Opetatud_Eesti_Selts, lk 8
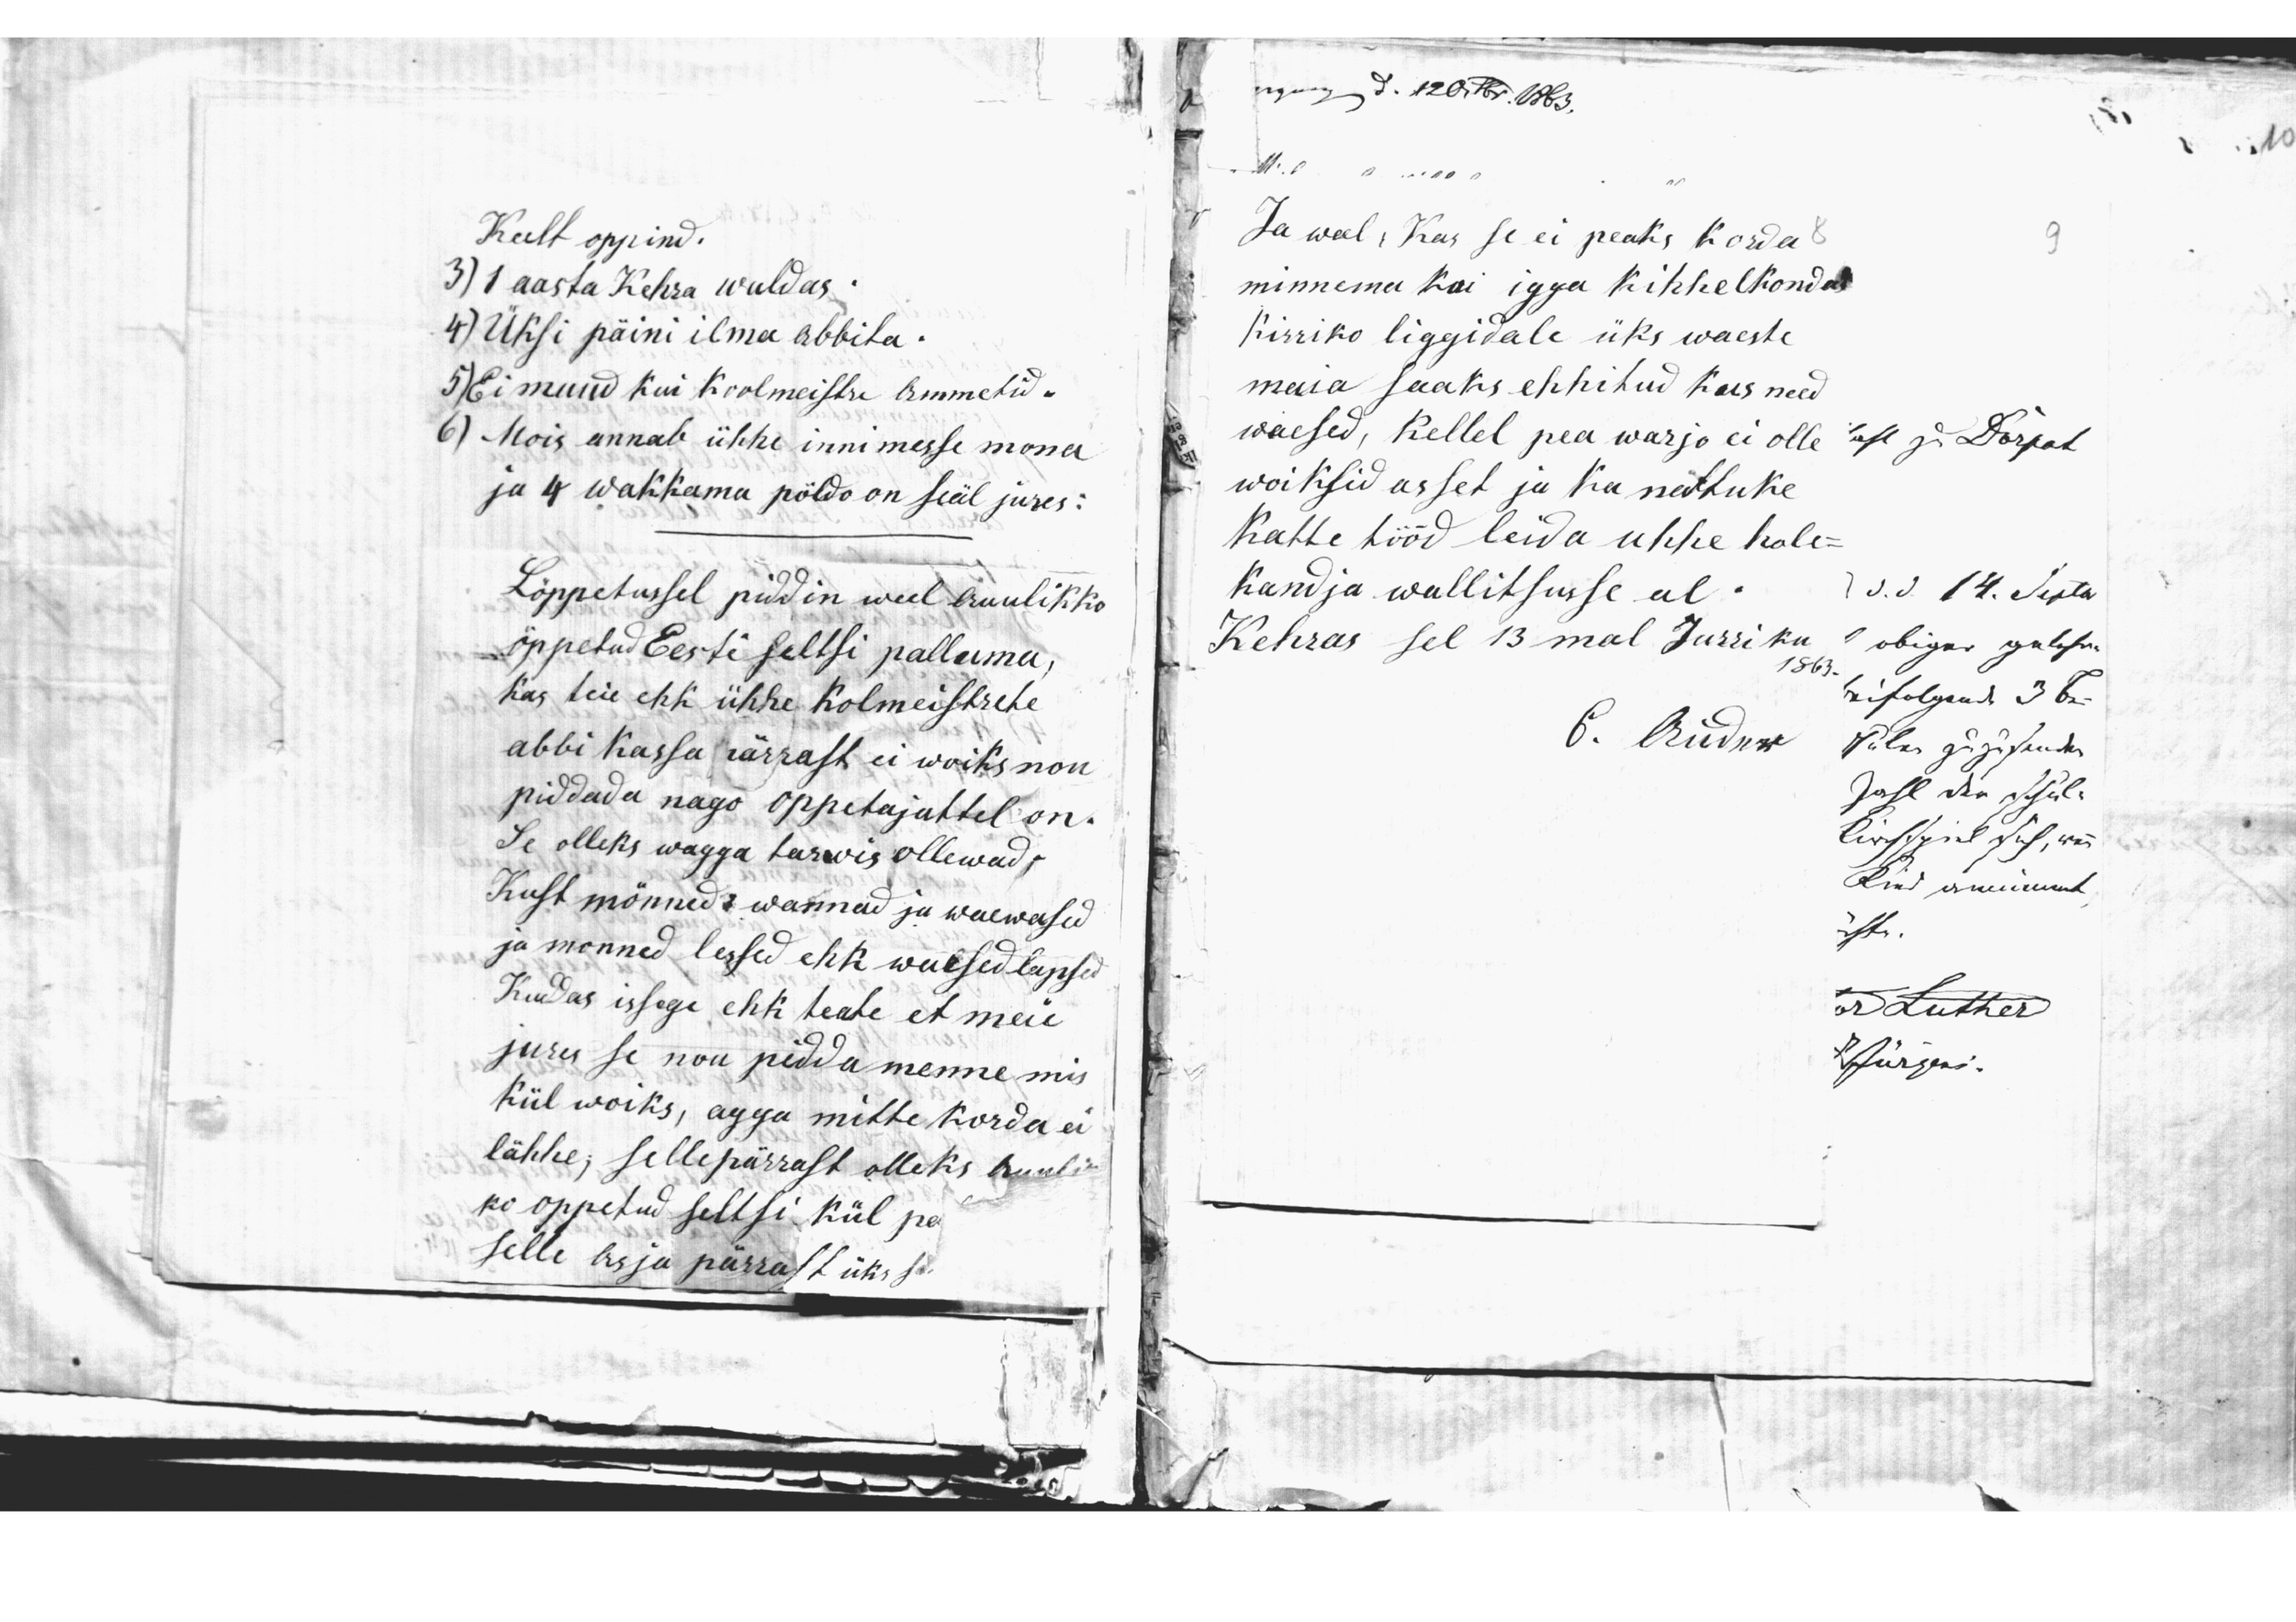
Keelt oppind.
3) 1 aasta Kehra waldas.
4) Üksi päini ilma abbita.
5) Ei muud kui Koolmeistri ammetid.
6) Mois annab ühhe innimesse mona
ja 4 wakkama põldo on seäl jures:
Lõppetusel piddin weel auulikko
õppetud Eesti seltsi palluma,
Kas teie ehk ühhe Kolmeistrehe
abbi kassa pärrast ei woiks nou
piddada nago oppetajattel on.
Se olleks wagga tarwis ollewad;
Kust mõnned wannad ja waewasid
ja mõnned lessed ehk waesed lapsed
Kuddas issegi ehk teate et meie
jures se nou pidda menne mis
Kül woiks, agga mitte korda ei
lähhe; sellepärrast olleks auulik-
ko oppetud seltsi kül pa
selle asja pärrast üks sa

Ja weel, kas se ei peaks korda
minnema kui igga Kihhelkondas
Kirriko liggidale üks waeste
maia saaks ehhihud kus need
waesed, Kellel pea warjo ei olle
woiksid asset ja ka nattuke
katte tööd leida uhhe hole-
kandja wallitsusse al.
Kehras sel 13mal Jurriku
1863.
6. Rüdus